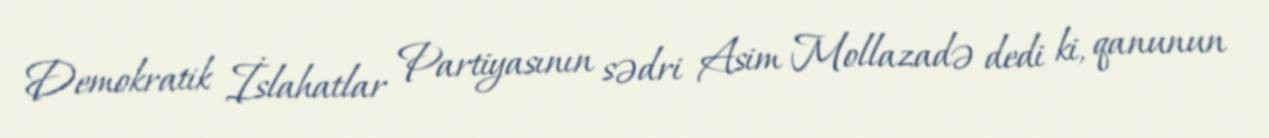
Demokratik İslahatlar Partiyasının sədri Asim Mollazadə dedi ki, qanunun